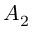
A _ { 2 }